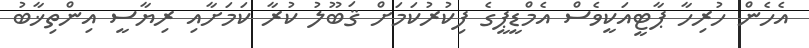
އެހެން ހުރިހާ ޕާޓީއަކީވެސް އެމްޑީޕީގެ ފިކުރުކަމަށް ޤަބޫލު ކުރާ ކަމަށާއި ރިޔާސީ އިންތިޚާބު